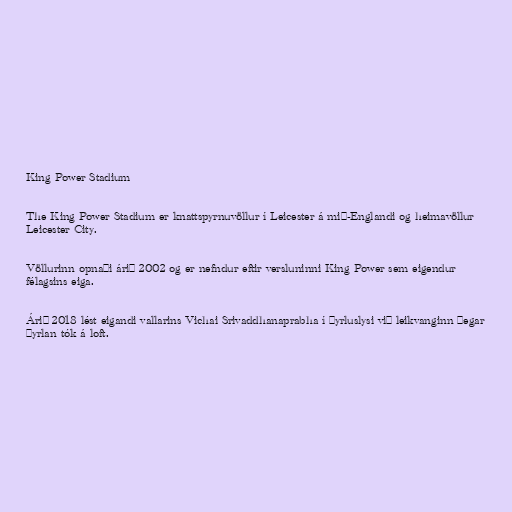
King Power Stadium

The King Power Stadium er knattspyrnuvöllur í Leicester á mið-Englandi og heimavöllur
Leicester City.

Völlurinn opnaði árið 2002 og er nefndur eftir versluninni King Power sem eigendur
félagsins eiga.

Árið 2018 lést eigandi vallarins Vichai Srivaddhanaprabha í þyrluslysi við leikvanginn þegar
þyrlan tók á loft.